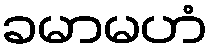
ခမာမဟံ